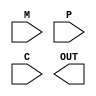
`default_nettype none

module muler(
    
`ifdef USE_POWER_PINS
    input   VDD,
    input   VSS,
`endif
    
    input  M,
    input  P,
    input  C,
    output OUT

);


endmodule
`default_nettype wire